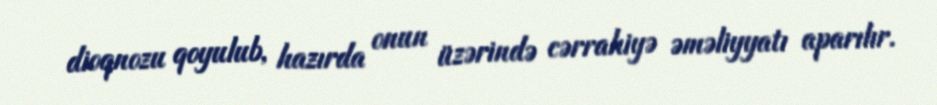
dioqnozu qoyulub, hazırda onun üzərində cərrahiyə əməliyyatı aparılır.